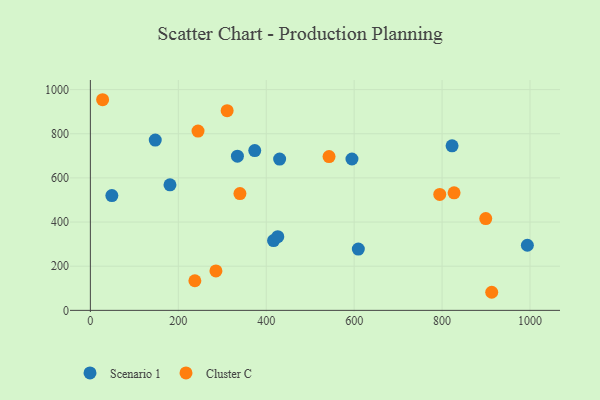
{"axis": {"x": "Engine Size", "y": "Rating"}, "legend": ["Cluster C", "Scenario 1"], "data": [{"x": "595.0", "y": 685.5, "type": "Scenario 1"}, {"x": "181.1", "y": 568.5, "type": "Scenario 1"}, {"x": "994.0", "y": 294.9, "type": "Scenario 1"}, {"x": "609.5", "y": 277.4, "type": "Scenario 1"}, {"x": "334.5", "y": 698.4, "type": "Scenario 1"}, {"x": "147.6", "y": 771.3, "type": "Scenario 1"}, {"x": "416.7", "y": 316.2, "type": "Scenario 1"}, {"x": "426.3", "y": 333.9, "type": "Scenario 1"}, {"x": "822.7", "y": 745.5, "type": "Scenario 1"}, {"x": "373.9", "y": 723.9, "type": "Scenario 1"}, {"x": "48.9", "y": 519.7, "type": "Scenario 1"}, {"x": "430.5", "y": 685.2, "type": "Scenario 1"}, {"x": "27.9", "y": 954.1, "type": "Cluster C"}, {"x": "899.3", "y": 415.9, "type": "Cluster C"}, {"x": "340.2", "y": 528.9, "type": "Cluster C"}, {"x": "794.7", "y": 525.0, "type": "Cluster C"}, {"x": "244.9", "y": 812.2, "type": "Cluster C"}, {"x": "285.6", "y": 178.7, "type": "Cluster C"}, {"x": "827.3", "y": 532.6, "type": "Cluster C"}, {"x": "542.9", "y": 696.4, "type": "Cluster C"}, {"x": "311.1", "y": 904.4, "type": "Cluster C"}, {"x": "912.9", "y": 81.9, "type": "Cluster C"}, {"x": "237.7", "y": 134.0, "type": "Cluster C"}]}